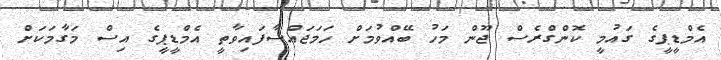
އެމްޑީޕީގެ ގައުމީ ކޮންގްރެސް ޖޫން މަހު ބޭއްވުމަށް ހަމަޖައްސާފައިވާތީ އެމްޑީޕީގެ އިސް މަގާމަކަށް